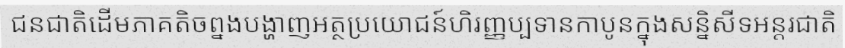
ជនជាតិដើមភាគតិចព្នងបង្ហាញអត្ថប្រយោជន៍ហិរញ្ញប្បទានកាបូនក្នុងសន្និសីទអន្តរជាតិ